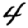
Digit: 4